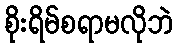
စိုးရိမ်စရာမလိုဘဲ